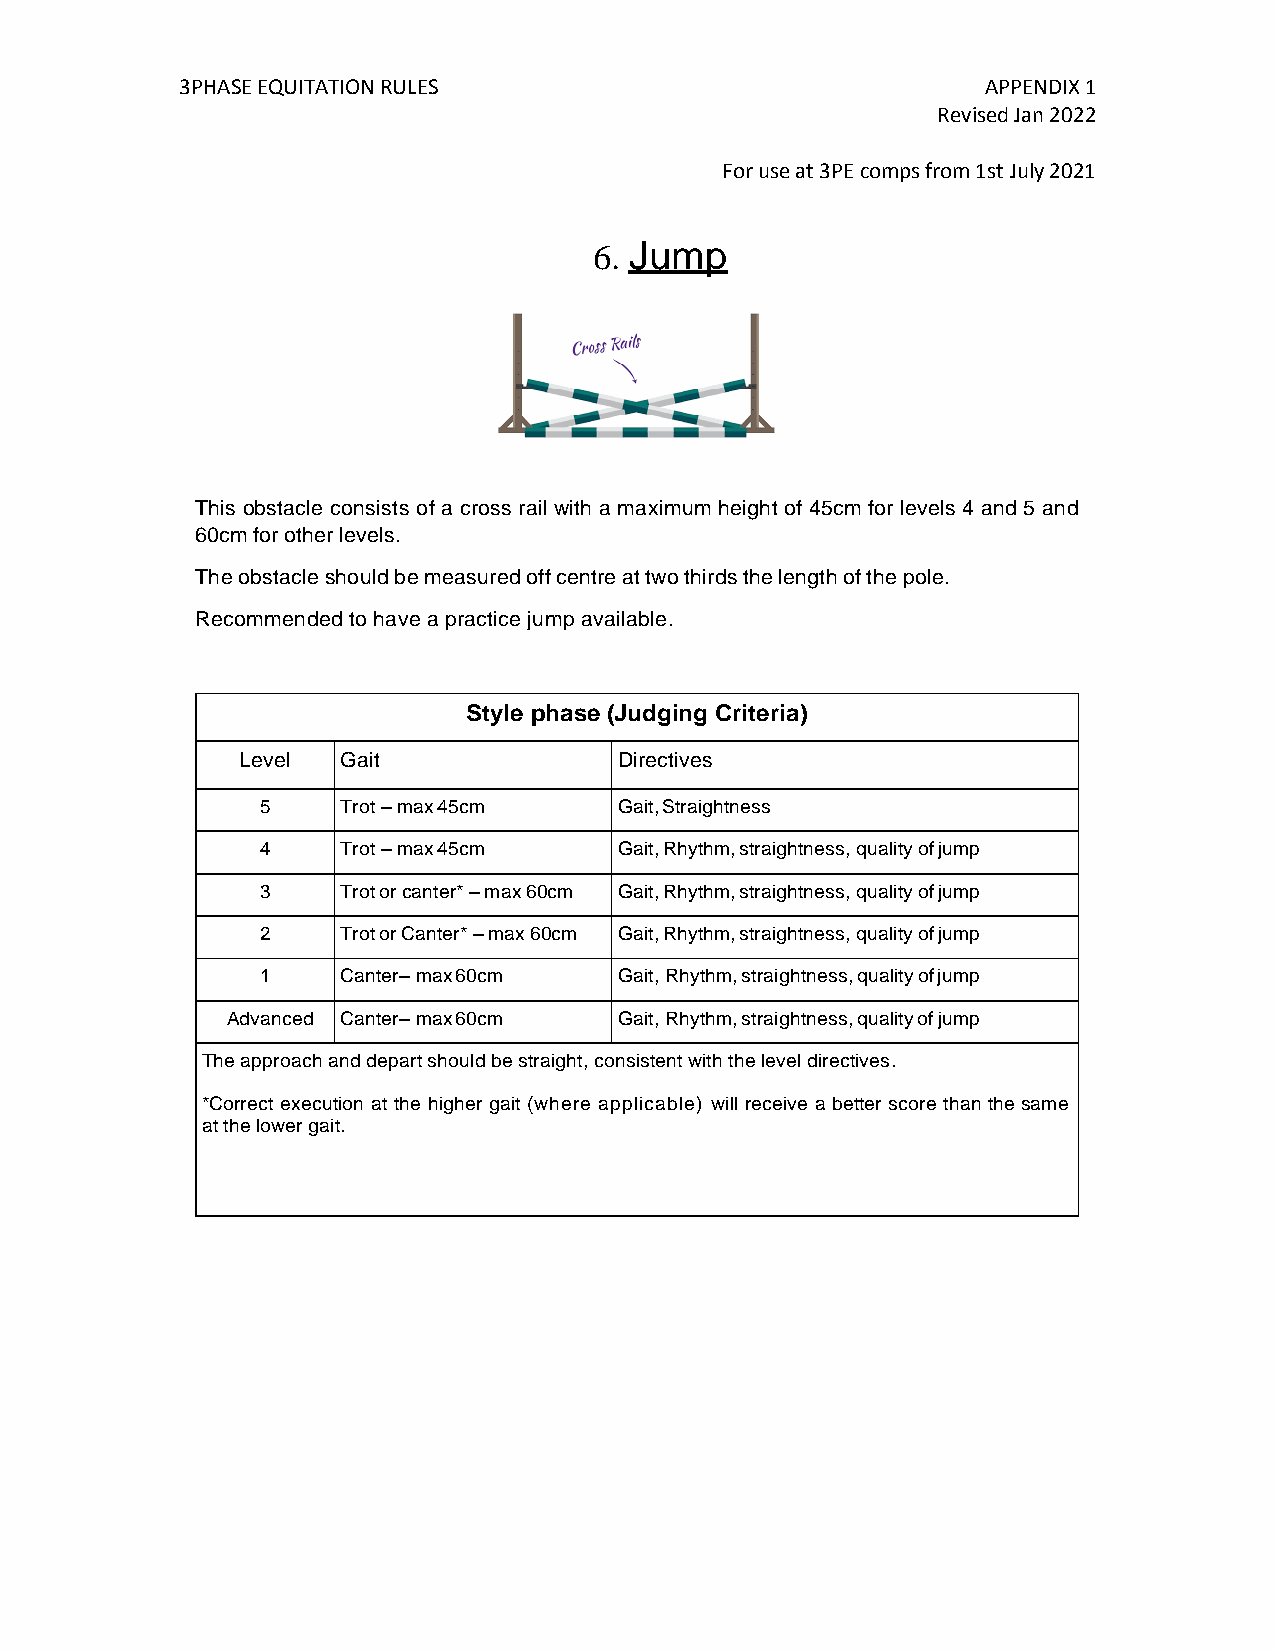
3PHASE EQUITATION RULES                              APPENDIX 1
 Revised Jan 2022
 For use at 3PE comps from 1st July 2021
 6. Jump
 This obstacle consists of a cross rail with a maximum height of 45cm for levels 4 and 5 and
 60cm for other levels.
 The obstacle should be measured off centre at two thirds the length of the pole.
 Recommended to have a practice jump available.
 Style phase (Judging Criteria)
 Level  Gait              Directives
 5     Trot – max 45cm   Gait, Straightness
 4     Trot – max 45cm   Gait, Rhythm, straightness, quality of jump
 3     Trot or canter* – max 60cm Gait, Rhythm, straightness, quality of jump
 2     Trot or Canter* – max 60cm Gait, Rhythm, straightness, quality of jump
 1     Canter– max 60cm  Gait, Rhythm, straightness, quality of jump
 Advanced Canter– max 60cm Gait, Rhythm, straightness, quality of jump
 The approach and depart should be straight, consistent with the level directives.
 *Correct execution at the higher gait (where applicable) will receive a better score than the same
 at the lower gait.